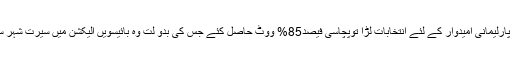
جس کے بعد 9 مارچ 2003 کو جب رجب طیب اردوغان نے اسی سیرت شہر سے پارلیمانی امیدوار کے لئے انتخابات لڑا توپچاسی فیصد85% ووٹ حاصل کئے جس کی بدو لت وہ بائیسویں الیکشن میں سیرت شہر سے رکن پارلیمنٹ منتخب ہوئے،اور 2003 کے الیکشن میں وزیر اعظم بنائے گئے۔